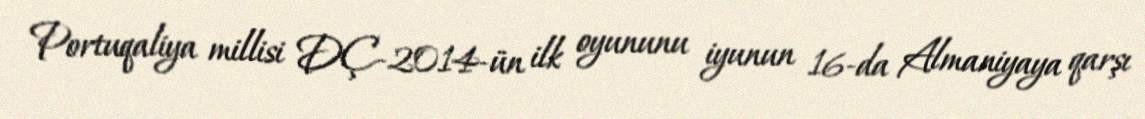
Portuqaliya millisi DÇ-2014-ün ilk oyununu iyunun 16-da Almaniyaya qarşı